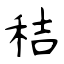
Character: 秸